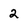
Character: 2